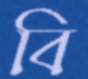
বি